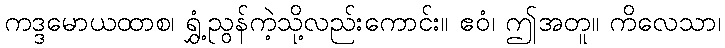
ကဒ္ဒမောယထာစ၊ ရွှံ့ညွန်ကဲ့သို့လည်းကောင်း။ ဧဝံ၊ ဤအတူ။ ကိလေသာ၊